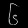
Digit: ၆